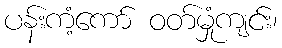
ပန်းကံ့ကော် ဝတ်မှုံကျင်း၊